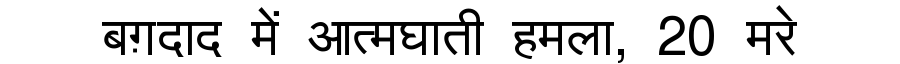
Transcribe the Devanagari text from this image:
बग़दाद में आत्मघाती हमला, 20 मरे